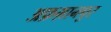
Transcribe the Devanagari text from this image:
अफ़ग़ानपुर